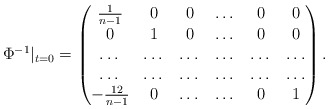
\begin{align*} \Phi^{-1}|_{t=0}=\begin{pmatrix} \frac{1}{n-1} & 0 & 0 & \dots & 0 & 0 \\ 0 & 1 & 0 & \dots & 0 & 0 \\ \dots & \dots & \dots & \dots & \dots & \dots\\ \dots & \dots & \dots & \dots & \dots & \dots\\ -\frac{12}{n-1} & 0 & \dots & \dots & 0 & 1 \end{pmatrix}.\end{align*}